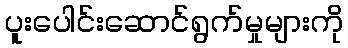
ပူးပေါင်းဆောင်ရွက်မှုများကို